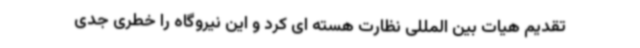
تقدیم هیات بین المللی نظارت هسته ای کرد و این نیروگاه را خطری جدی